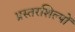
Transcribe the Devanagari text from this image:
प्रस्तरशिल्पों